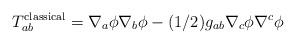
LaTeX: \begin{align*}T^{\rm classical}_{ab}=\nabla _a\phi\nabla _b\phi -(1/2)g_{ab} \nabla _c\phi\nabla ^c\phi \end{align*}